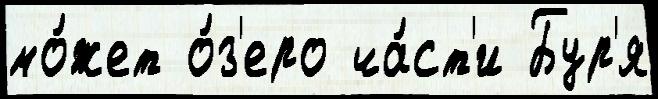
мо́жет о́з'еро ча́ст'и Бур'я